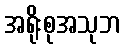
အရိုးစုအသုဘ